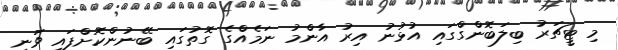
މި ޓީޗަރު ބިލަބޮންގްގައި އުޅުނު އިރު އާންމު ނަމެއްގެ ގޮތުގައި ބޭނުންކޮށްފައި ވަނީ